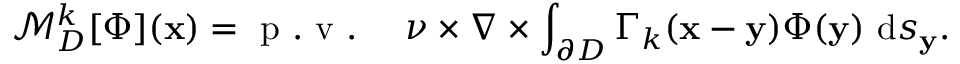
\mathcal { M } _ { D } ^ { k } [ \Phi ] ( \mathbf { x } ) = \mathrm { ~ p ~ . ~ v ~ . ~ } \quad \nu \times \nabla \times \int _ { \partial D } \Gamma _ { k } ( \mathbf { x } - \mathbf { y } ) \Phi ( \mathbf { y } ) ~ \mathrm { d } s _ { \mathbf { y } } .